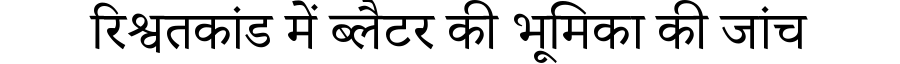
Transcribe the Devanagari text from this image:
रिश्वतकांड में ब्लैटर की भूमिका की जांच